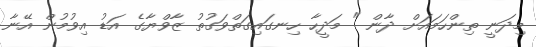
މިދަނީ ތިންހަމައަށް ދާން " މަދީހާ ހިނގައިގަތްވަގުތު ޒާވްޔާގެ އަޑު އިވުމުން އޭނާ